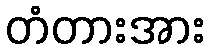
တံတားအား